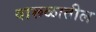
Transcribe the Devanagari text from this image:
वारूळातील